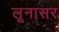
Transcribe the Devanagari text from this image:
लूनासर